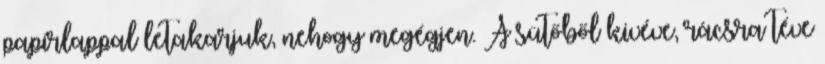
papírlappal letakarjuk, nehogy megégjen. A sütőből kivéve, rácsra téve